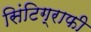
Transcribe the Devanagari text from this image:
सिंटिग्राफी